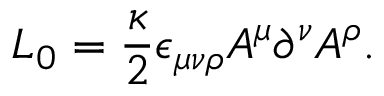
{ \cal L } _ { 0 } = \frac { \kappa } { 2 } \epsilon _ { \mu \nu \rho } A ^ { \mu } \partial ^ { \nu } A ^ { \rho } .